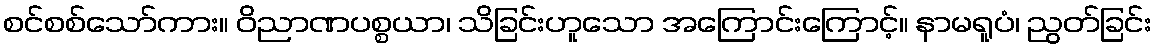
စင်စစ်သော်ကား။ ဝိညာဏပစ္စယာ၊ သိခြင်းဟူသော အကြောင်းကြောင့်။ နာမရူပံ၊ ညွတ်ခြင်း